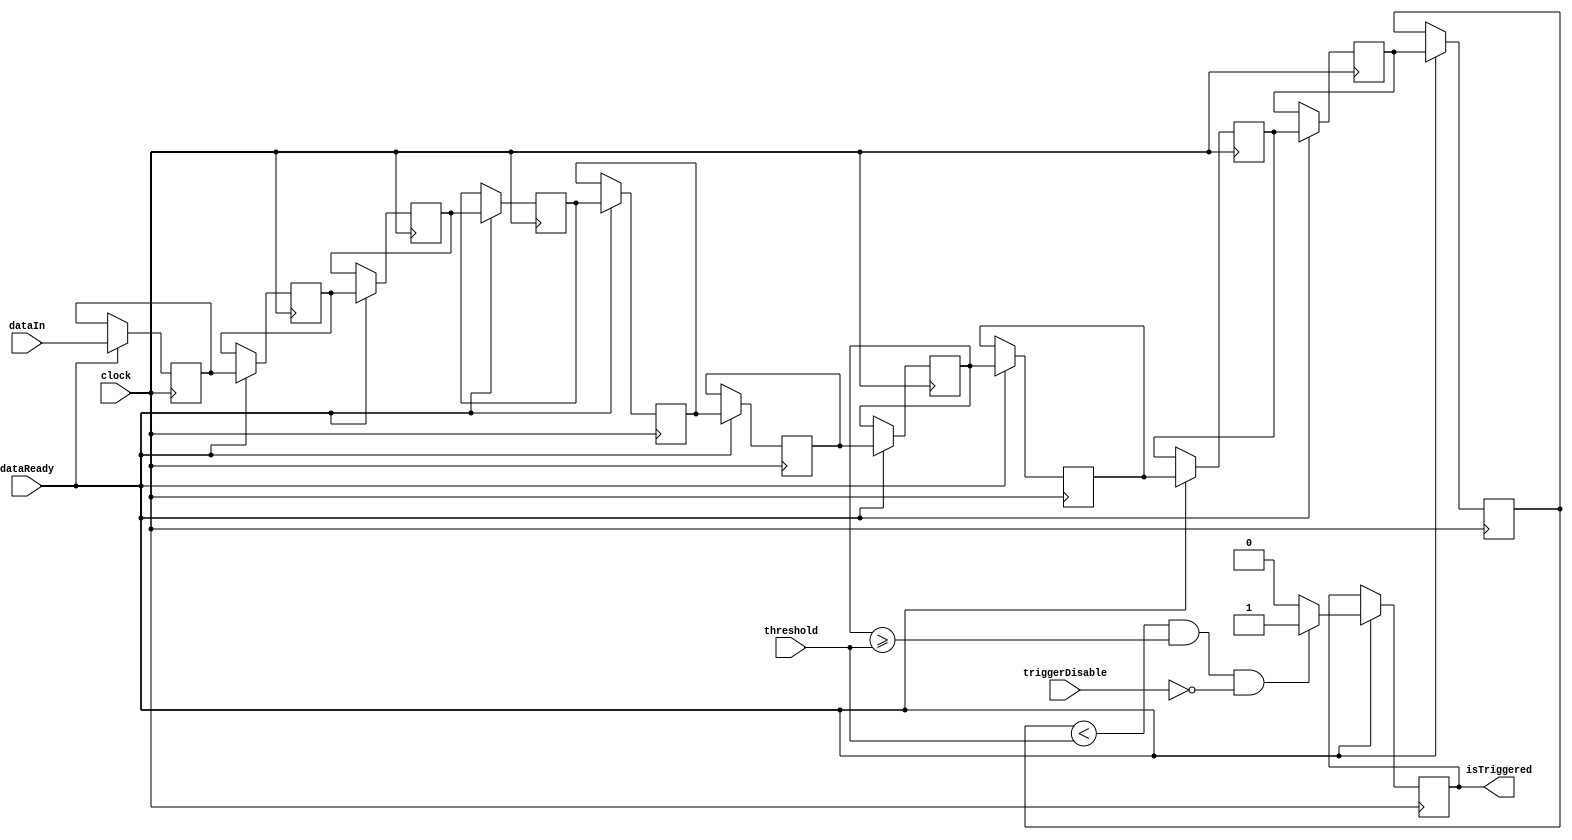
`timescale 1ns / 1ps

module TriggerRisingEdgeSteady #(parameter DATA_BITS = 12,
                                 parameter TRIGGER_HOLDOFF = 0)
                                (input clock,
                                 input signed [DATA_BITS-1:0] threshold,
                                 input dataReady,
                                 input signed [DATA_BITS-1:0] dataIn,
                                 input triggerDisable,
                                 output reg isTriggered);
    
    reg signed [DATA_BITS-1:0] previousData[10:0];
    
    genvar i;
    generate
    for (i = 0; i < 10 ; i = i + 1) begin
        always @(posedge clock) begin
            if (dataReady)
                previousData[i+1] <= previousData[i];
        end
    end
    endgenerate
            
    always @(posedge clock) begin
        if (dataReady) begin
            previousData[0] <= dataIn;
            if (previousData[10] < threshold && previousData[6] >= threshold && !triggerDisable)
                isTriggered <= 1;
            else
                isTriggered <= 0;
        end
    end
endmodule